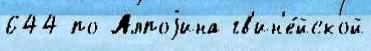
644 по Алпоjина гв'ин'е́йской